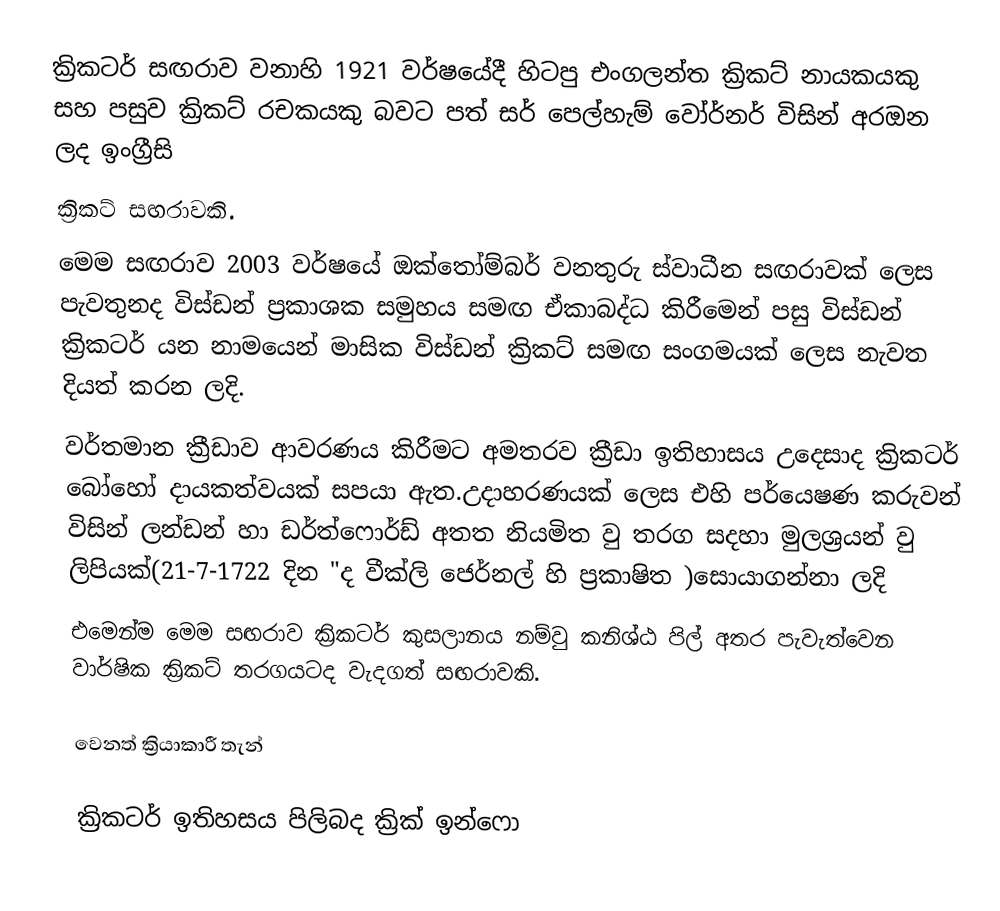
ක්‍රිකටර් සඟරාව වනාහි 1921 වර්ෂයේදී හිටපු එංගලන්ත ක්‍රිකට් නායකයකු සහ පසුව ක්‍රිකට් රචකයකු බවට පත් සර් පෙල්හැම් වෝර්නර් විසින් අරඔන ලද ඉංග්‍රීසි
ක්‍රිකට් සඟරාවකි.
මෙම සඟරාව 2003 වර්ෂයේ ඔක්තෝම්බර් වනතුරු ස්වාධීන සඟරාවක් ලෙස පැවතුනද විස්ඩන් ප්‍රකාශක සමුහය සමඟ ඒකාබද්ධ කිරීමෙන් පසු විස්ඩන් ක්‍රිකටර් යන නාමයෙන් මාසික විස්ඩන් ක්‍රිකට් සමඟ සංගමයක් ලෙස නැවත දියත් කරන ලදි.
වර්තමාන ක්‍රීඩාව ආවරණය කිරීමට අමතරව ක්‍රීඩා ඉතිහාසය උදෙසාද ක්‍රිකටර් බෝහෝ දායකත්වයක් සපයා ඇත.උදාහරණයක් ලෙස එහි පර්යෙෂණ කරුවන් විසින් ලන්ඩන් හා ඩර්ත්ෆොර්ඩ් අතත නියමිත වු තරග සදහා මුලශ්‍රයන් වු ලිපියක්(21-7-1722 දින "ද වීක්ලි ජෙර්නල් හි ප්‍රකාෂිත )සොයාගන්නා ලදි
එමෙන්ම මෙම සඟරාව ක්‍රිකටර්  කුසලානය නම්වු කනිශ්ඨ පිල් අතර පැවැත්වෙන වාර්ෂික ක්‍රිකට් තරගයටද වැදගත් සඟරාවකි.

වෙනත් ක්‍රියාකාරී තැන්

ක්‍රිකටර් ඉතිහසය පිලිබද ක්‍රික් ඉන්ෆො